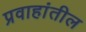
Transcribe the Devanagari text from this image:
प्रवाहांतील